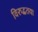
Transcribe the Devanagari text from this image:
विरुद्धतया